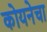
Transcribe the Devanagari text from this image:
कोयनेचा